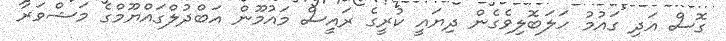
ގޮސް އަދި ގައުމު ހަލަބޮލިވެގެން ދިޔައީ ކުރީގެ ރައީސް މައުމޫން އަބްދުލްގައްޔޫމްގެ މަޝްވަރާ